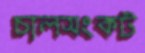
চালসংকট